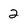
Character: 2